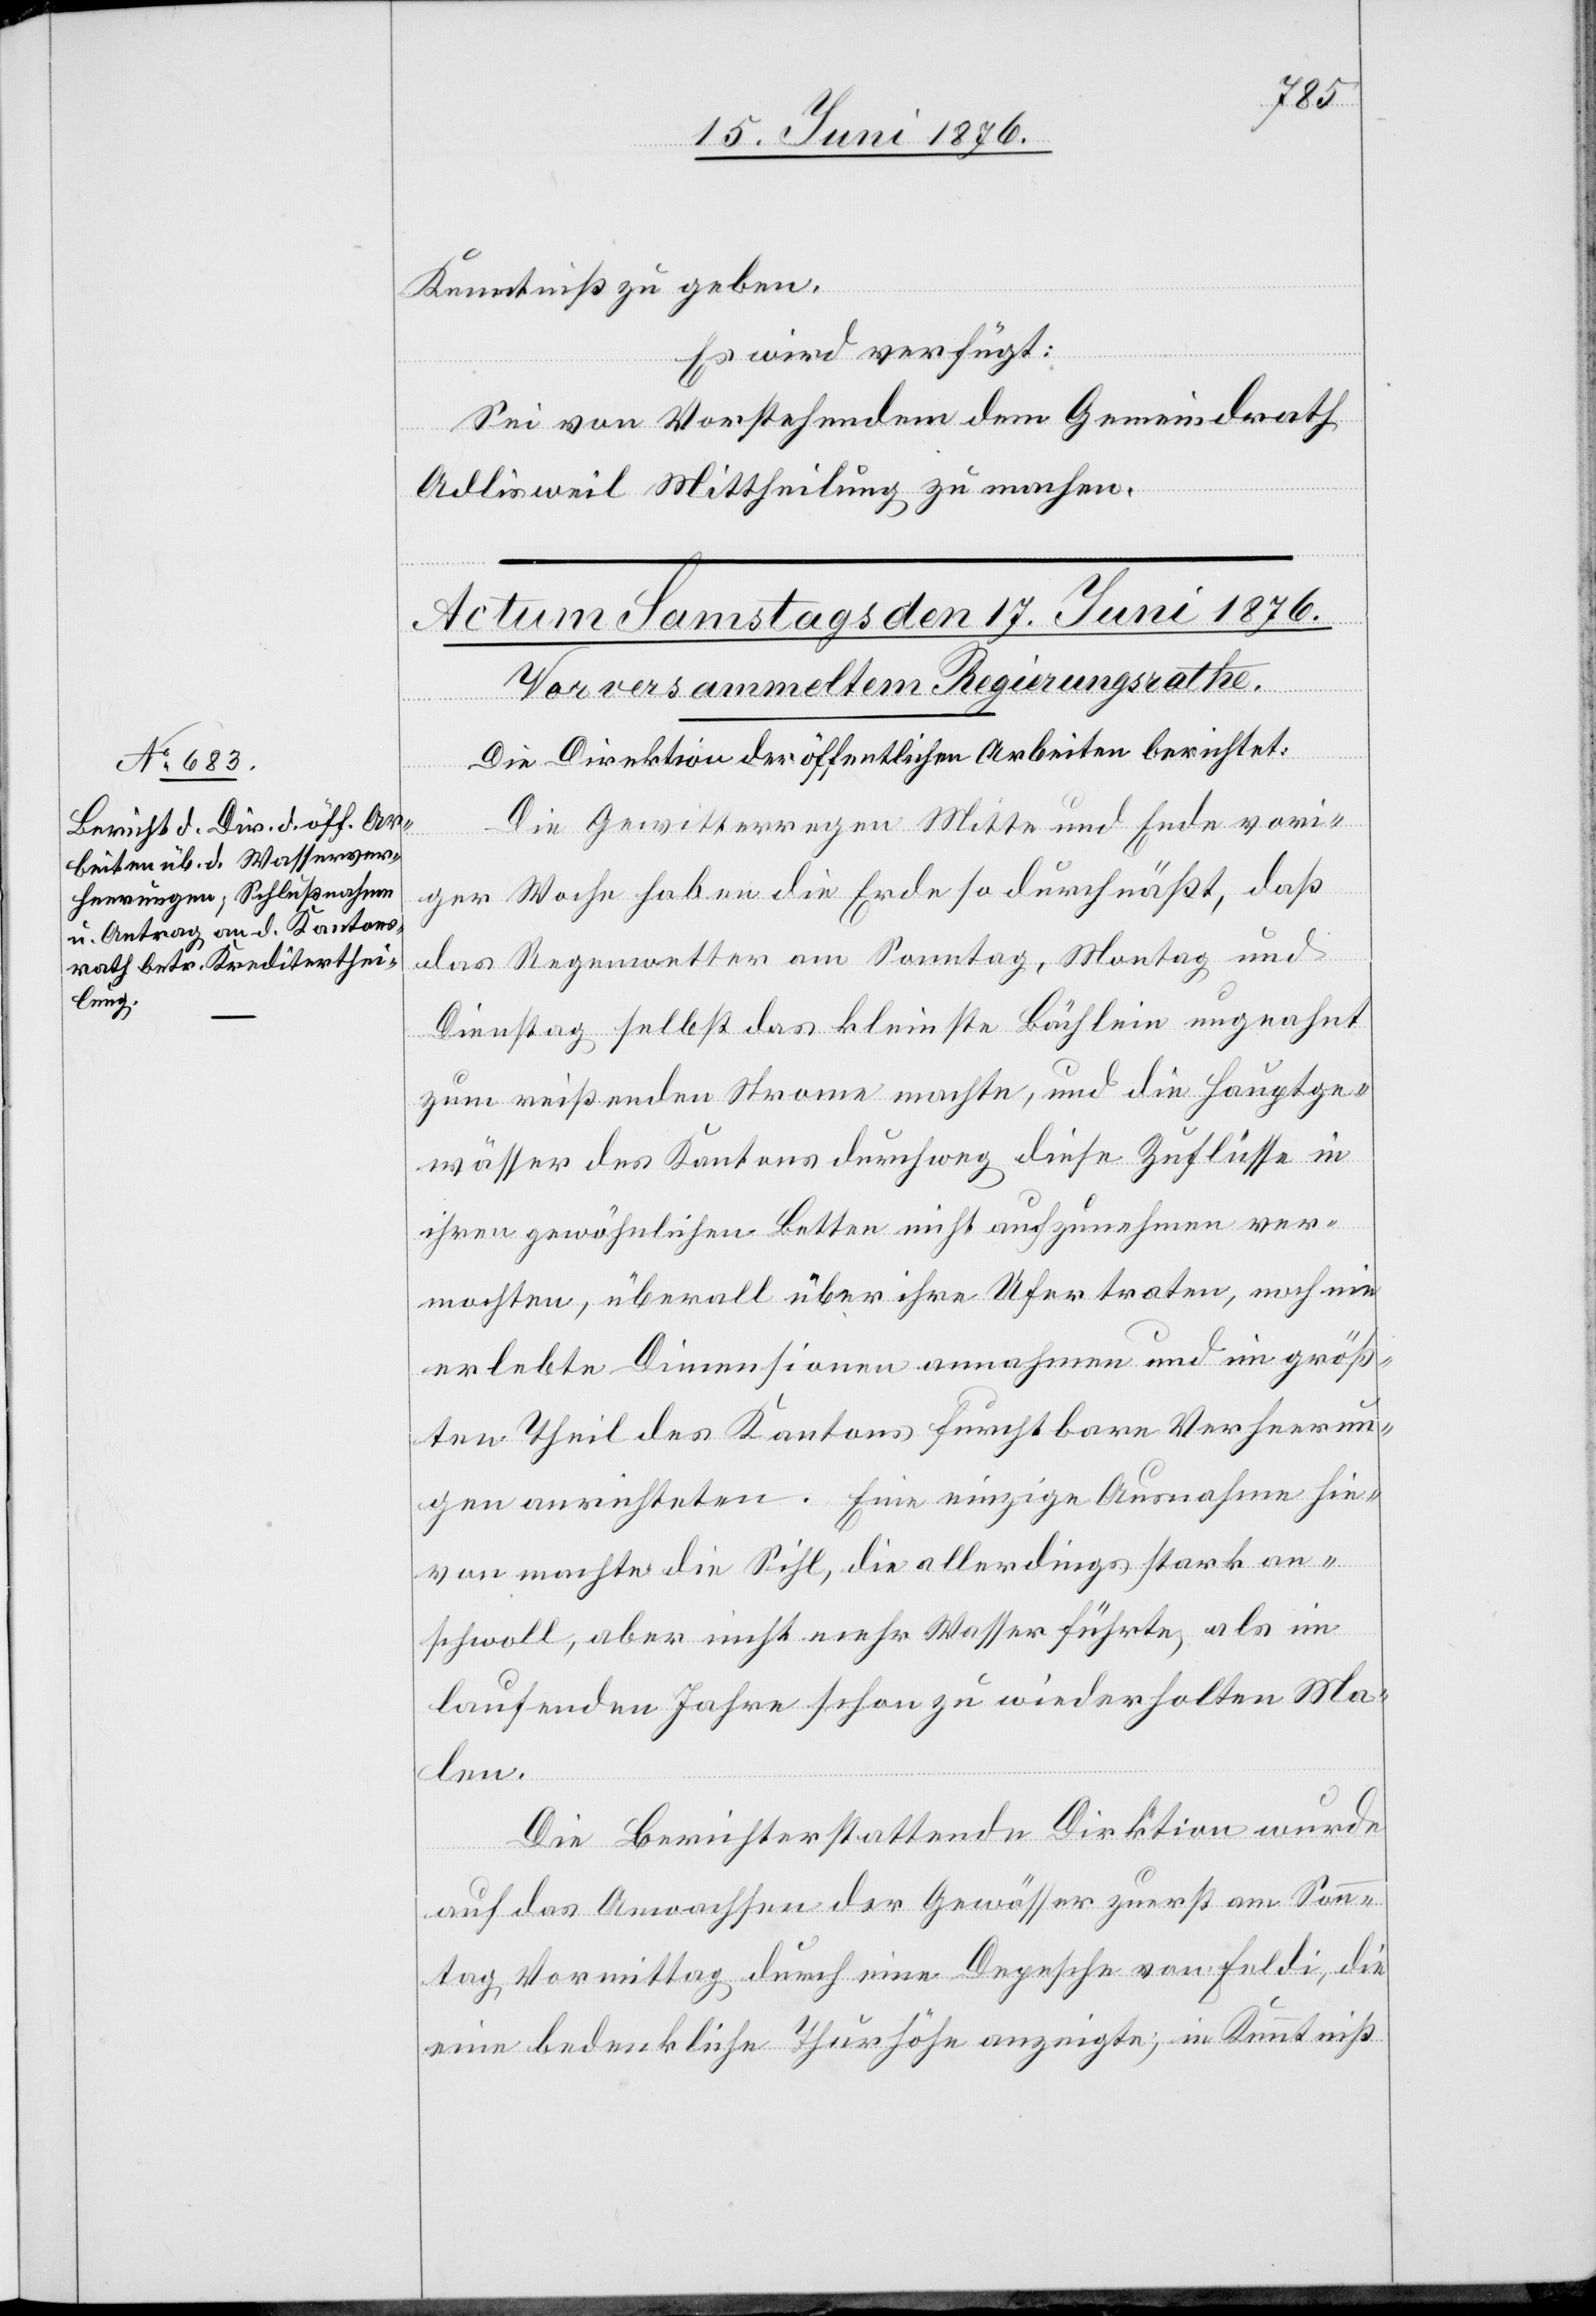
Kenntniß zu geben.
Es wird verfügt:
Sei von Vorstehendem dem Gemeindrath
Adlisweil Mittheilung zu machen.
Die Direktion der öffentlichen Arbeiten berichtet:
Die Gewitterregen Mitte und Ende vori¬
ger Woche haben die Erde so durchnäßt, daß
das Regenwasser am Sonntag, Montag und
Dienstag selbst das kleinste Bächlein ungeahnt
zum reißenden Strome machte, und die Hauptge¬
wässer des Kantons durchweg diese Zuflüsse in
ihren gewöhnlichen Betten nicht aufzunehmen ver¬
mochten, überall über ihre Ufer traten, noch nie
erlebte Dimensionen annahmen und im größ¬
ten Theil des Kantons furchtbare Verheerun¬
gen anrichteten. Eine einzige Ausnahme hie¬
von machte die Sihl, die allerdings stark an¬
schwoll, aber nicht mehr Wasser führte, als im
laufenden Jahre schon zu wiederholten Ma¬
len.
Die Berichterstattende Direktion wurde
auf das Anwachsen der Gewässer zuerst am Sonn¬
tag Vormittag durch eine Depesche von Feldi, die
eine bedenkliche Thurhöhe anzeigte, in Kenntniß